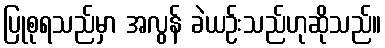
ပြုစုရသည်မှာ အလွန် ခဲယဉ်းသည်ဟုဆိုသည်။